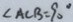
\angle A C B = 9 0 ^ { \circ }